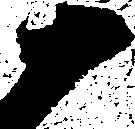
十